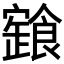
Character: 𩝩